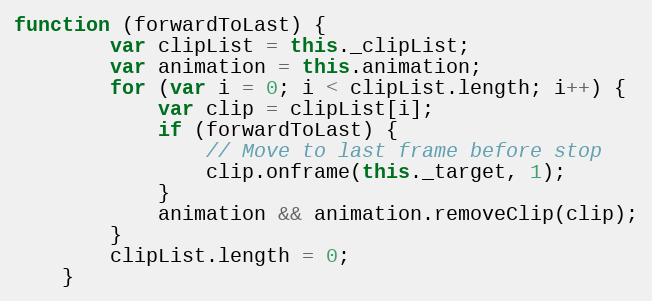
Language: JavaScript
function (forwardToLast) {
        var clipList = this._clipList;
        var animation = this.animation;
        for (var i = 0; i < clipList.length; i++) {
            var clip = clipList[i];
            if (forwardToLast) {
                // Move to last frame before stop
                clip.onframe(this._target, 1);
            }
            animation && animation.removeClip(clip);
        }
        clipList.length = 0;
    }